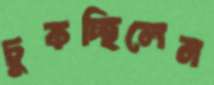
চুকচ্ছিলেন